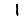
Digit: 1